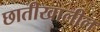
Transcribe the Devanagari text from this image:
छातीखालील